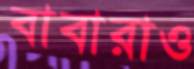
বাবারাও